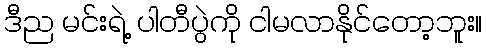
ဒီည မင်းရဲ့ ပါတီပွဲကို ငါမလာနိုင်တော့ဘူး။